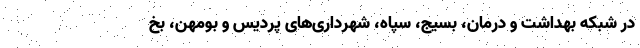
در شبکه بهداشت و درمان، بسیج، سپاه، شهرداری‌های پردیس و بومهن، بخ